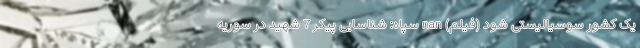
یک کشور سوسیالیستی شود (فیلم) nan سپاه: شناسایی پیکر 7 شهید در سوریه